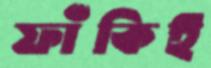
ফাঁকিই